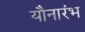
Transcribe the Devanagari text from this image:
यौनारंभ